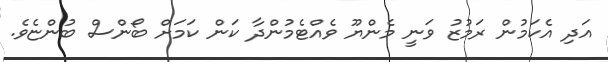
އަދި އެކަމުން ރަމުޒު ވަނީ މެންޔޫ ވެއްޓެމުންދާ ކަން ކަމަށް ބޯންސް ބުންޏެވެ.